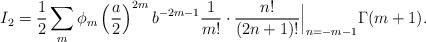
LaTeX: \begin{align*}I_{2} = \frac{1}{2} \sum_{m} \phi_{m} \left( \frac{a}{2} \right)^{2m} b^{-2m-1} \frac{1}{m!} \cdot \frac{n!}{(2n+1)!}\Big{|}_{n=-m-1} \Gamma(m+1).\end{align*}